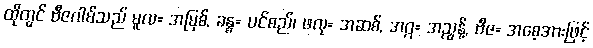
ထိုတွင် ဗီဇဂါမ်သည် မူလ= အမြစ်, ခန္ဓ= ပင်စည်၊ ဖလု= အဆစ်, အဂ္ဂ= အညွန့်, ဗီဇ= အစေ့အားဖြင့်